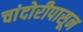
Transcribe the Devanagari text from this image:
चांदोरीपासून